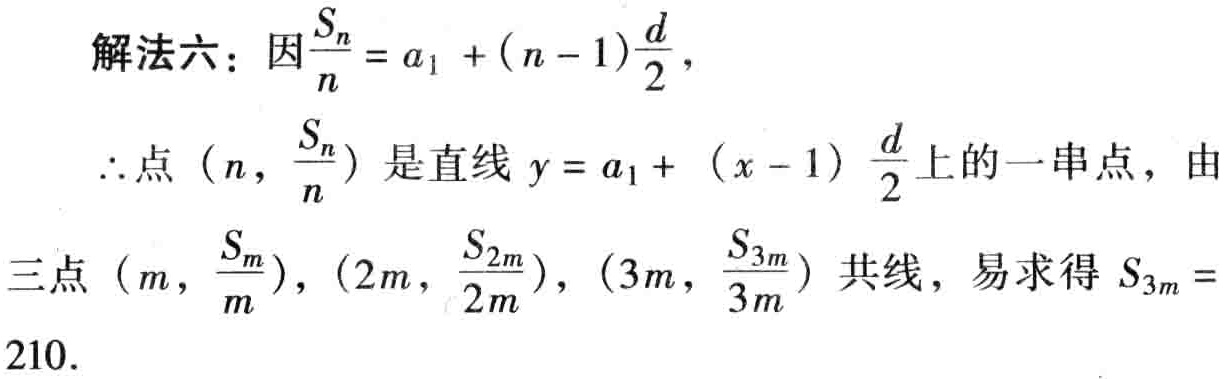
解法六：因$\frac{S_{n}}{n}=a_{1}+(n - 1)\frac{d}{2}$，

$\therefore$点$(n,\frac{S_{n}}{n})$是直线$y = a_{1}+(x - 1)\frac{d}{2}$上的一串点，由

三点$(m,\frac{S_{m}}{m}),(2m,\frac{S_{2m}}{2m}),(3m,\frac{S_{3m}}{3m})$共线，易求得$S_{3m} =

210.$